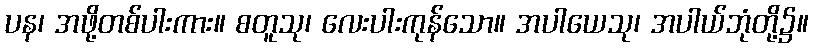
ပန၊ အဖို့တစ်ပါးကား။ စတူသု၊ လေးပါးကုန်သော။ အပါယေသု၊ အပါယ်ဘုံတို့၌။